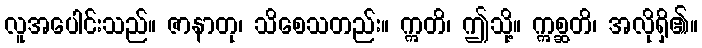
လူအပေါင်းသည်။ ဇာနာတု၊ သိစေသတည်း။ ဣတိ၊ ဤသို့။ ဣစ္ဆတိ၊ အလိုရှိ၏။